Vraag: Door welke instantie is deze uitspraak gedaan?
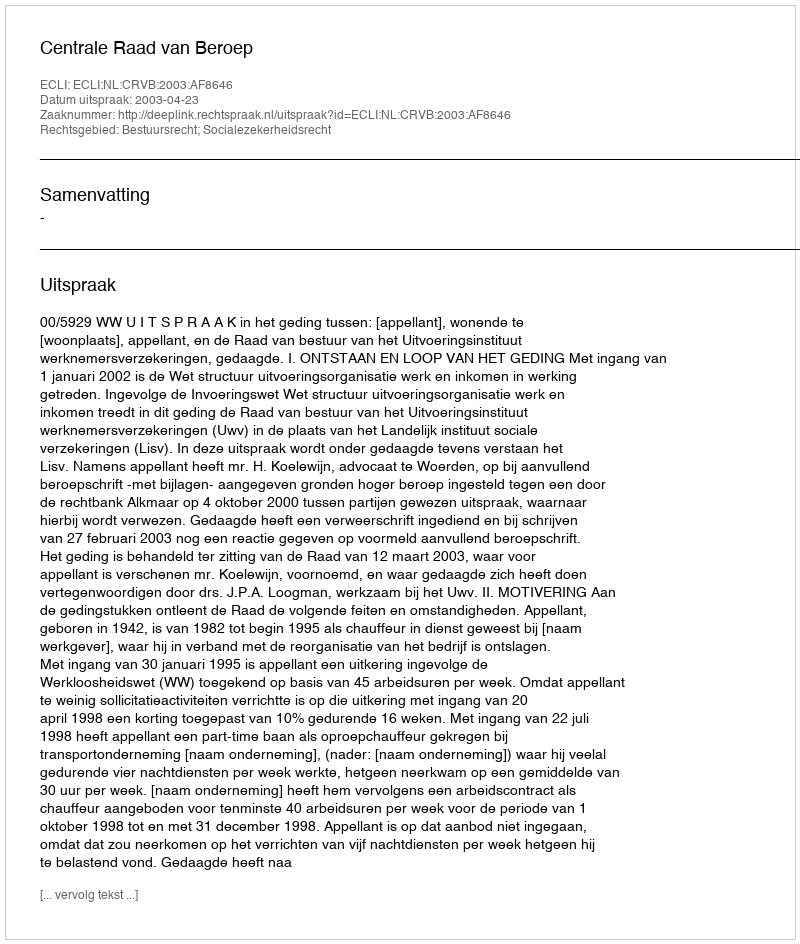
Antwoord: Centrale Raad van Beroep